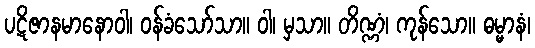
ပဋိဇာနမာနောဝါ၊ ဝန်ခံသော်သာ။ ဝါ၊ မှသာ။ တိဏ္ဏံ၊ ကုန်သော။ ဓမ္မာနံ၊